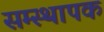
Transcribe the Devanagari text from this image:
सम्स्थापक